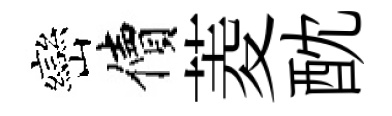
巒價菱酖